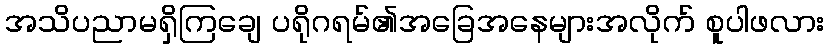
အသိပညာမရှိကြချေ ပရိုဂရမ်၏အခြေအနေများအလိုက် စူပါဖလား